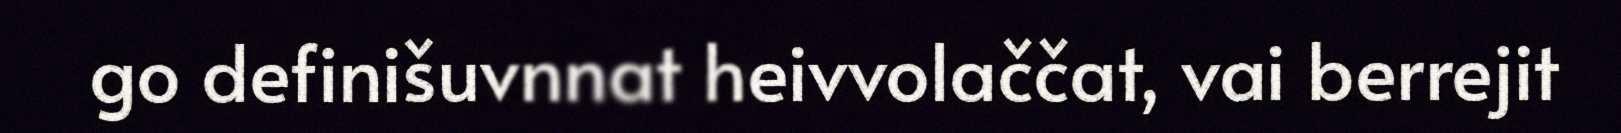
go definišuvnnat heivvolaččat, vai berrejit